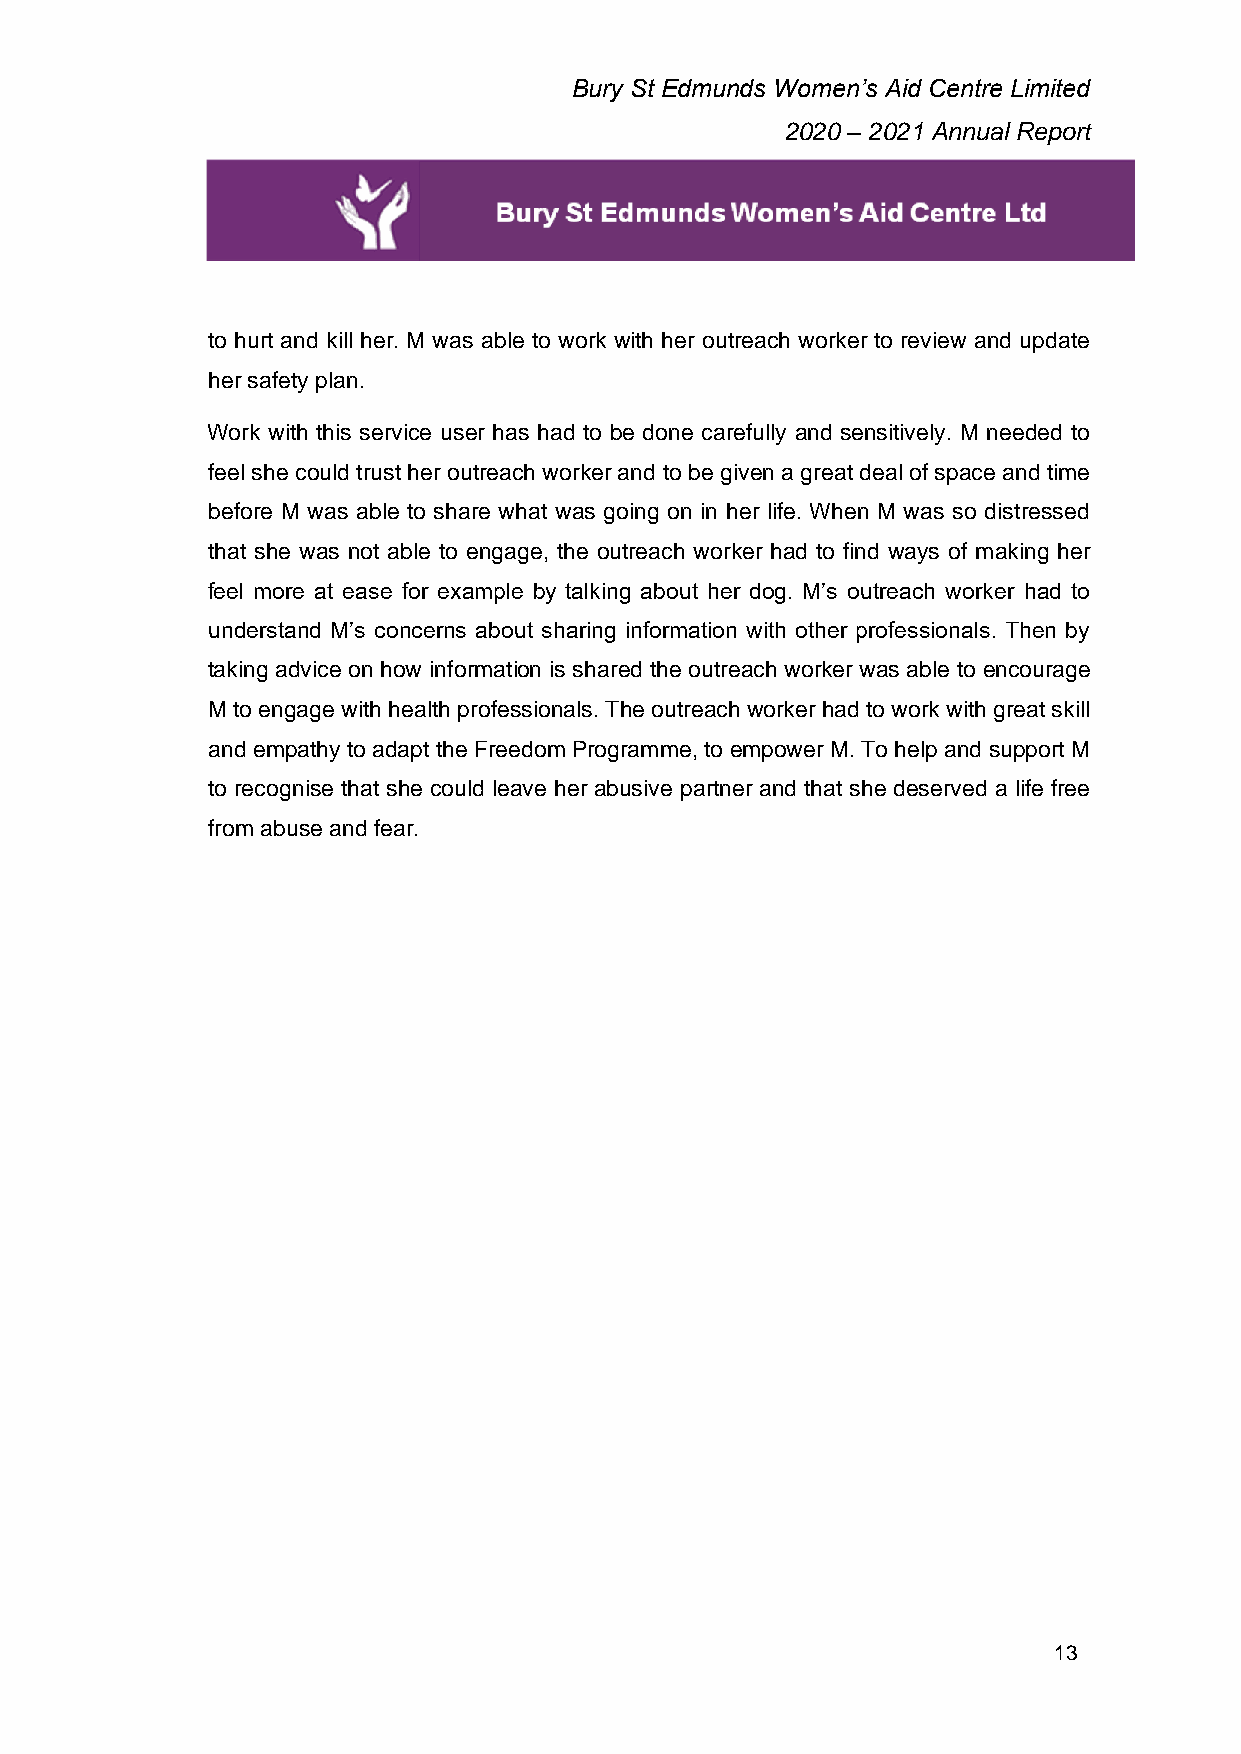
Bury St Edmunds Women’s Aid Centre Limited
 2020 – 2021 Annual Report
 to hurt and kill her. M was able to work with her outreach worker to review and update
 her safety plan.
 Work with this service user has had to be done carefully and sensitively. M needed to
 feel she could trust her outreach worker and to be given a great deal of space and time
 before M was able to share what was going on in her life. When M was so distressed
 that she was not able to engage, the outreach worker had to find ways of making her
 feel more at ease for example by talking about her dog. M’s outreach worker had to
 understand M’s concerns about sharing information with other professionals. Then by
 taking advice on how information is shared the outreach worker was able to encourage
 M to engage with health professionals. The outreach worker had to work with great skill
 and empathy to adapt the Freedom Programme, to empower M. To help and support M
 to recognise that she could leave her abusive partner and that she deserved a life free
 from abuse and fear.
 13